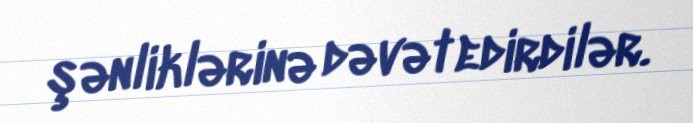
şənliklərinə dəvət edirdilər.